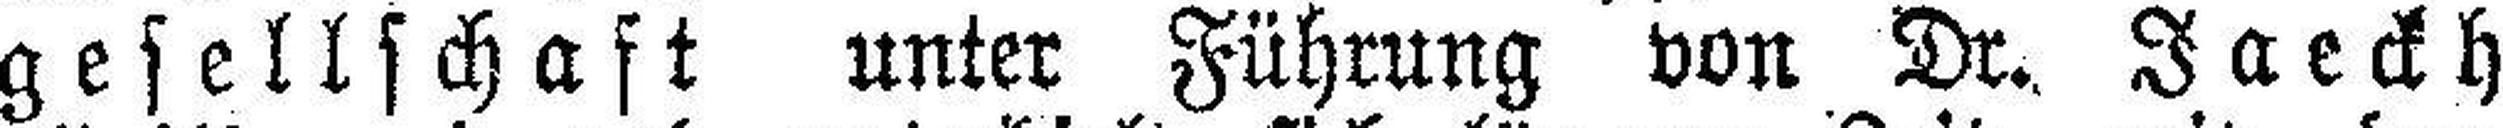
gesellschaft unter Führung von Dr, Jaeckh